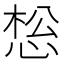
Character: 𰑩